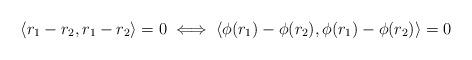
LaTeX: \begin{align*}\langle r_1 - r_2 , r_1 - r_2 \rangle = 0 \iff \langle \phi (r_1 ) - \phi ( r_2 ) , \phi ( r_1 ) - \phi ( r_2 ) \rangle = 0\end{align*}